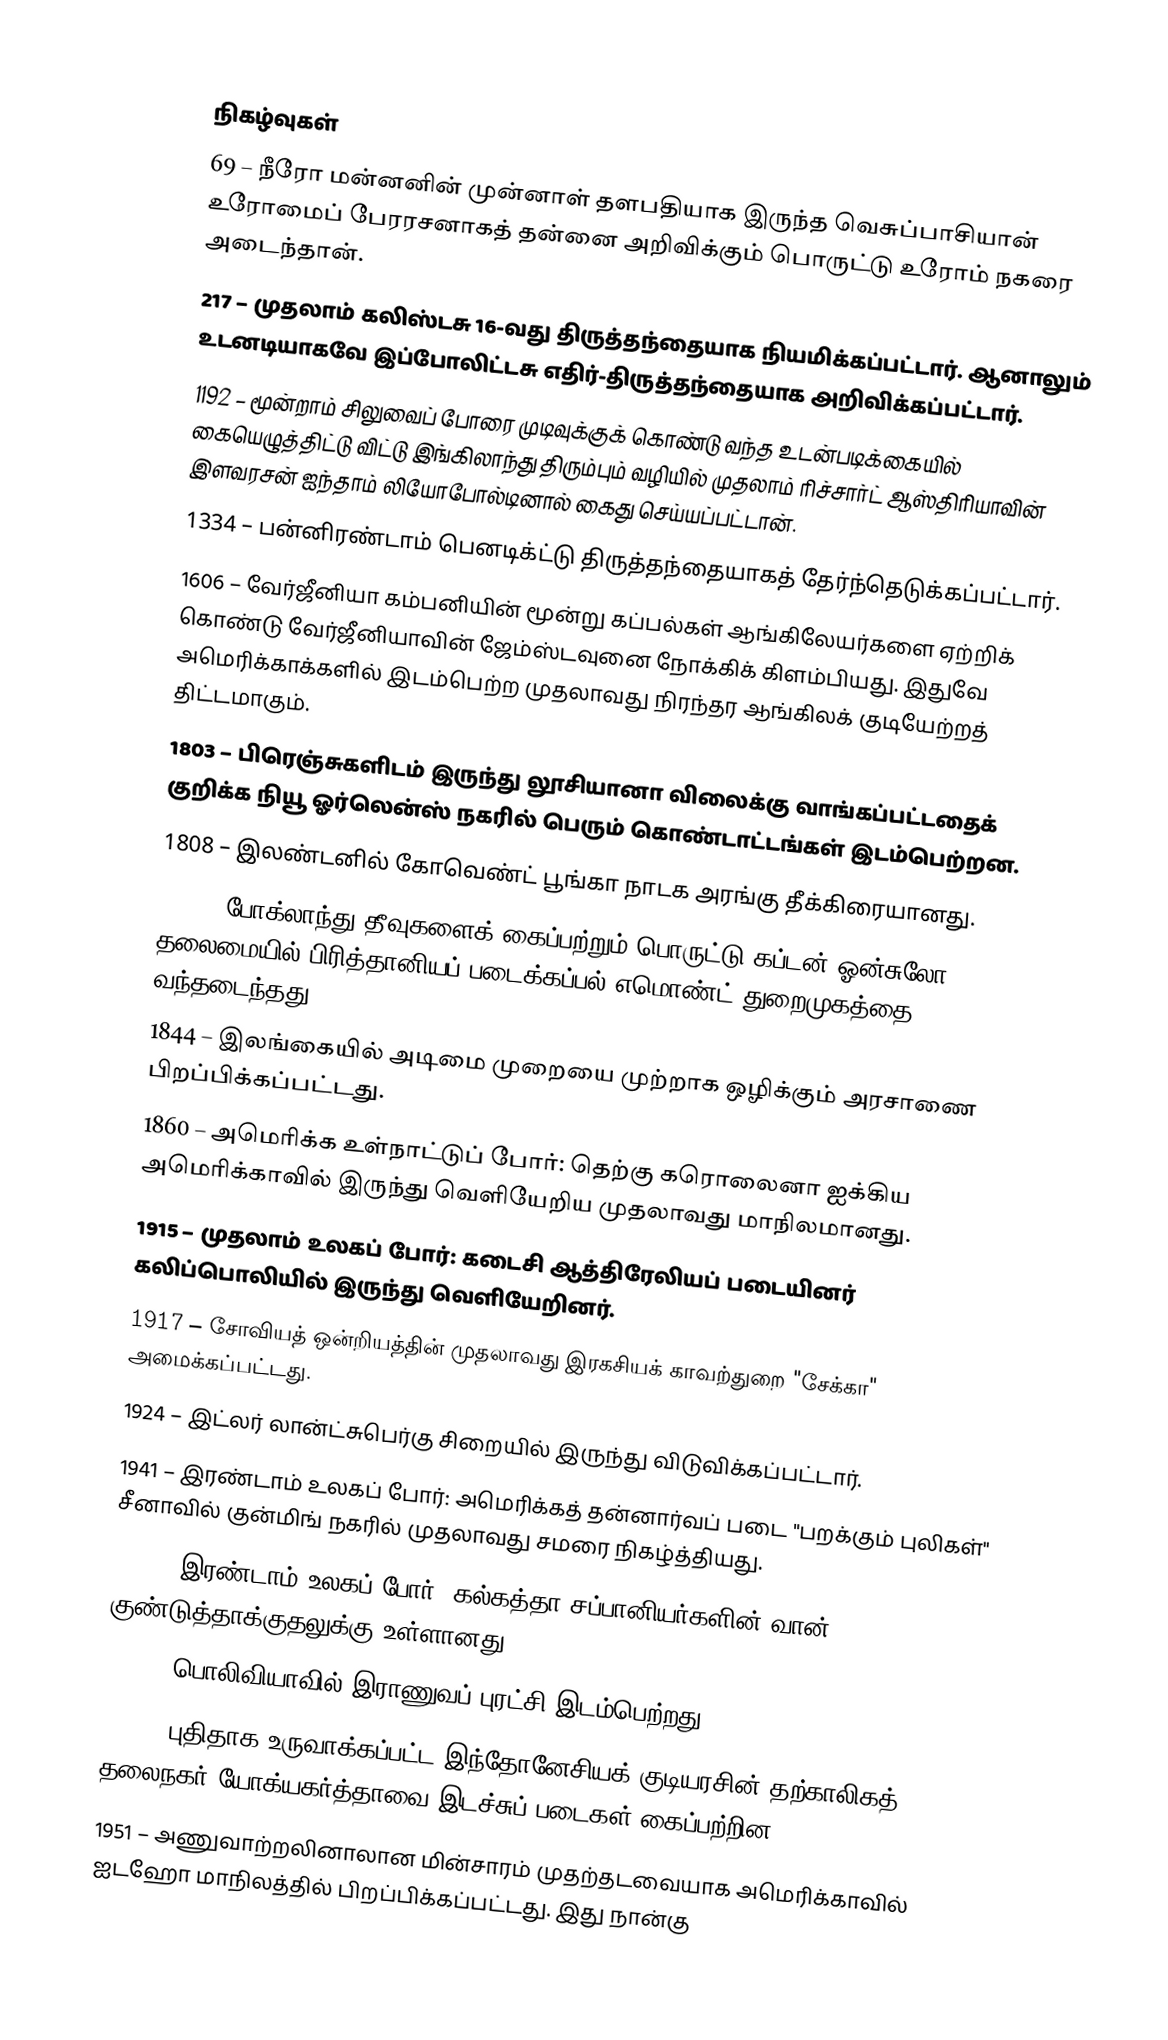

நிகழ்வுகள்
 69 – நீரோ மன்னனின் முன்னாள் தளபதியாக இருந்த வெசுப்பாசியான் உரோமைப் பேரரசனாகத் தன்னை அறிவிக்கும் பொருட்டு உரோம் நகரை அடைந்தான்.
 217 – முதலாம் கலிஸ்டசு 16-வது திருத்தந்தையாக நியமிக்கப்பட்டார். ஆனாலும் உடனடியாகவே இப்போலிட்டசு எதிர்-திருத்தந்தையாக அறிவிக்கப்பட்டார்.
1192 – மூன்றாம் சிலுவைப் போரை முடிவுக்குக் கொண்டு வந்த உடன்படிக்கையில் கையெழுத்திட்டு விட்டு இங்கிலாந்து திரும்பும் வழியில் முதலாம் ரிச்சார்ட் ஆஸ்திரியாவின் இளவரசன் ஐந்தாம் லியோபோல்டினால் கைது செய்யப்பட்டான்.
1334 – பன்னிரண்டாம் பெனடிக்ட்டு திருத்தந்தையாகத் தேர்ந்தெடுக்கப்பட்டார்.
1606 – வேர்ஜீனியா கம்பனியின் மூன்று கப்பல்கள் ஆங்கிலேயர்களை ஏற்றிக் கொண்டு வேர்ஜீனியாவின் ஜேம்ஸ்டவுனை நோக்கிக் கிளம்பியது. இதுவே அமெரிக்காக்களில் இடம்பெற்ற முதலாவது நிரந்தர ஆங்கிலக் குடியேற்றத் திட்டமாகும்.
1803 – பிரெஞ்சுகளிடம் இருந்து லூசியானா விலைக்கு வாங்கப்பட்டதைக் குறிக்க நியூ ஓர்லென்ஸ் நகரில் பெரும் கொண்டாட்டங்கள் இடம்பெற்றன.
1808 – இலண்டனில் கோவெண்ட் பூங்கா நாடக அரங்கு தீக்கிரையானது.
1832 – போக்லாந்து தீவுகளைக் கைப்பற்றும் பொருட்டு கப்டன் ஓன்சுலோ தலைமையில் பிரித்தானியப் படைக்கப்பல் எமொண்ட் துறைமுகத்தை வந்தடைந்தது.
1844 – இலங்கையில் அடிமை முறையை முற்றாக ஒழிக்கும் அரசாணை பிறப்பிக்கப்பட்டது.
1860 – அமெரிக்க உள்நாட்டுப் போர்: தெற்கு கரொலைனா ஐக்கிய அமெரிக்காவில் இருந்து வெளியேறிய முதலாவது மாநிலமானது.
1915 – முதலாம் உலகப் போர்: கடைசி ஆத்திரேலியப் படையினர் கலிப்பொலியில் இருந்து வெளியேறினர்.
1917 – சோவியத் ஒன்றியத்தின் முதலாவது இரகசியக் காவற்துறை "சேக்கா" அமைக்கப்பட்டது.
1924 – இட்லர் லான்ட்சுபெர்கு சிறையில் இருந்து விடுவிக்கப்பட்டார்.
1941 – இரண்டாம் உலகப் போர்: அமெரிக்கத் தன்னார்வப் படை "பறக்கும் புலிகள்" சீனாவில் குன்மிங் நகரில் முதலாவது சமரை நிகழ்த்தியது.
1942 – இரண்டாம் உலகப் போர்: கல்கத்தா சப்பானியர்களின் வான் குண்டுத்தாக்குதலுக்கு உள்ளானது.
1943 – பொலிவியாவில் இராணுவப் புரட்சி இடம்பெற்றது.
1948 – புதிதாக உருவாக்கப்பட்ட இந்தோனேசியக் குடியரசின் தற்காலிகத் தலைநகர் யோக்யகர்த்தாவை இடச்சுப் படைகள் கைப்பற்றின.
1951 – அணுவாற்றலினாலான மின்சாரம் முதற்தடவையாக அமெரிக்காவில் ஐடஹோ மாநிலத்தில் பிறப்பிக்கப்பட்டது. இது நான்கு